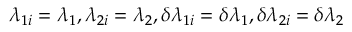
\lambda _ { 1 i } = \lambda _ { 1 } , \lambda _ { 2 i } = \lambda _ { 2 } , \delta \lambda _ { 1 i } = \delta \lambda _ { 1 } , \delta \lambda _ { 2 i } = \delta \lambda _ { 2 }